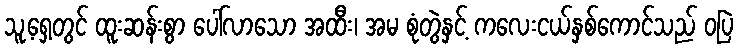
သူ့ရှေ့တွင် ထူးဆန်းစွာ ပေါ်လာသော အထီး၊ အမ စုံတွဲနှင့် ကလေးငယ်နှစ်ကောင်သည် ဝပြဲ